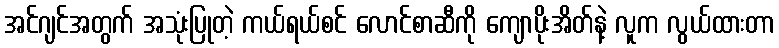
အင်ဂျင်အတွက် အသုံးပြုတဲ့ ကယ်ရယ်စင် လောင်စာဆီကို ကျောပိုးအိတ်နဲ့ လူက လွယ်ထားတာ